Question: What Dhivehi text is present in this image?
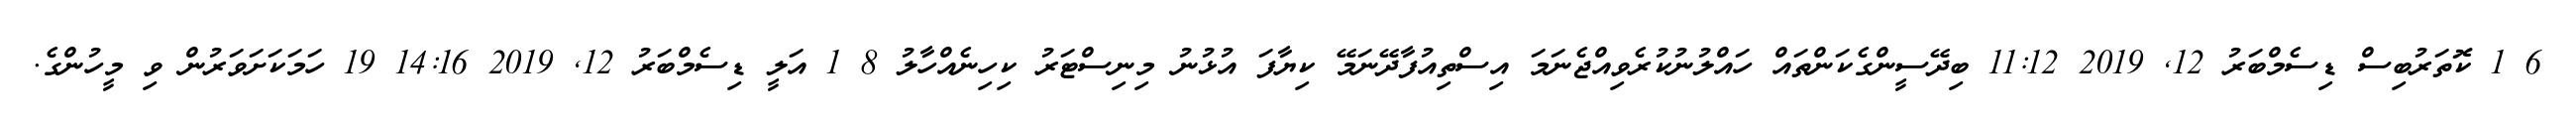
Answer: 6 1 ކޮތަރުބިސް ޑިސެމްބަރު 12, 2019 11:12 ބިދޭސީންގެކަންތައް ހައްލުނުކުރެވިއްޖެނަމަ އިސްތިއުފާދޭނަމޭ ކިޔާފަ އުޅުނު މިނިސްޓަރު ކިހިނެއްހާލު 8 1 އަލީ ޑިސެމްބަރު 12, 2019 14:16 19 ހަމަކަށަވަރުން ވި މީހުންގެ.